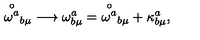
{ \stackrel { \circ } { \omega ^ { a } } } _ { b \mu } \longrightarrow \omega _ { b \mu } ^ { a } = { \stackrel { \circ } { \omega ^ { a } } } _ { b \mu } + \kappa _ { b \mu } ^ { a } ,